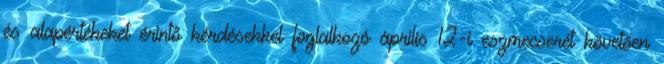
és alapértékeket érintő kérdésekkel foglalkozó április 12-i eszmecserét követően